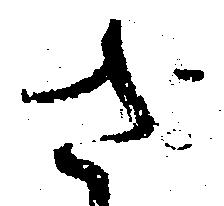
さ